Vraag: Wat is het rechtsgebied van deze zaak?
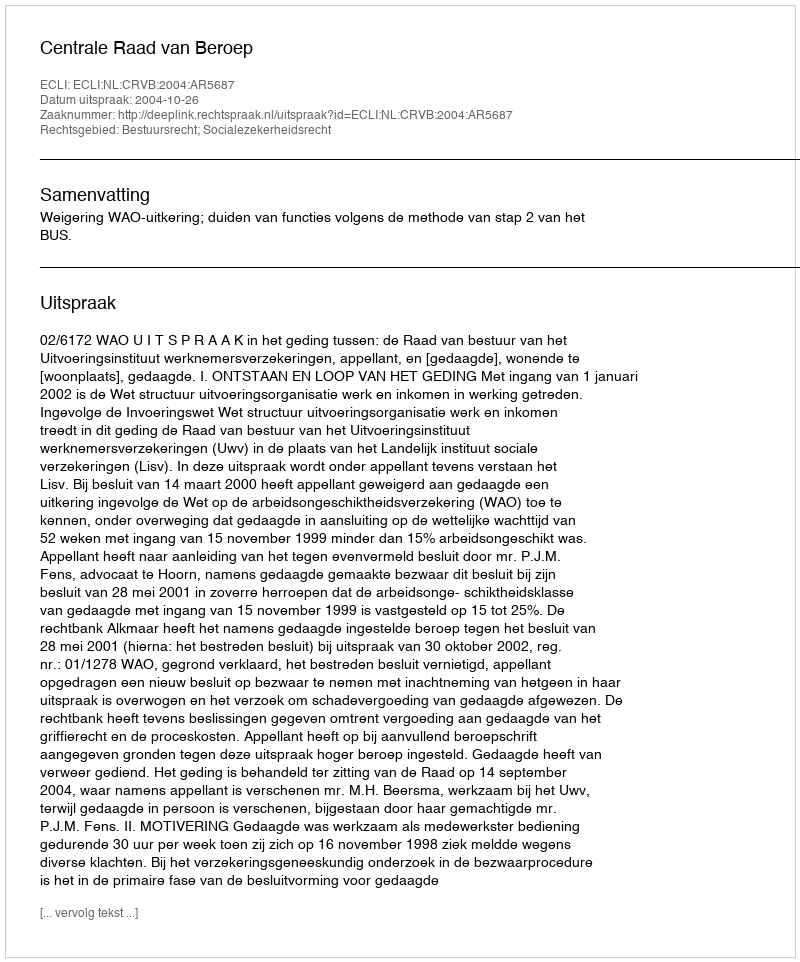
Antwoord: Bestuursrecht; Socialezekerheidsrecht